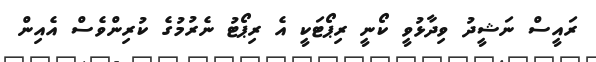
ރައީސް ނަޝީދު ވިދާޅުވީ ކޯނީ ރިޕޯޓަކީ އެ ރިޕޯޓު ނެރުމުގެ ކުރިންވެސް އެއިން